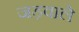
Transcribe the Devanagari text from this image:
जड़वाले